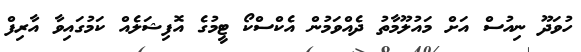
ހުވަދޫ ނިއުސް އަށް މައުލޫމާތު ދެއްވަމުން އެކްސްކޯ ޓީމުގެ އޮފިޝަލެއް ކަމުގައިވާ އާރިފް